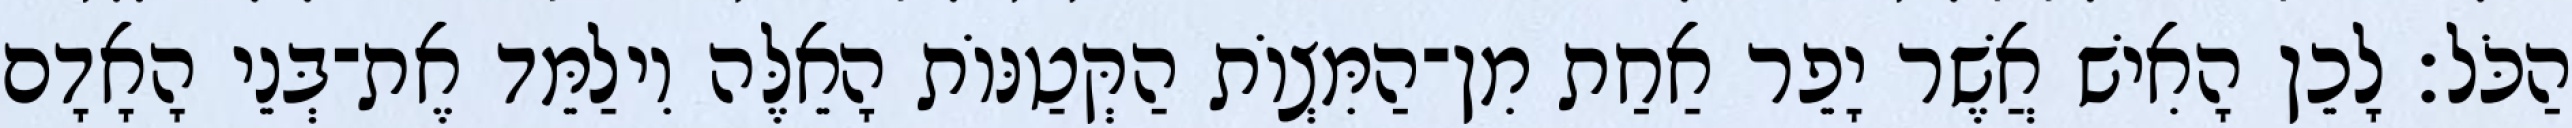
הַכֹּל׃ לָכֵן הָאִישׁ אֲשֶׁר יָפֵר אַחַת מִן־הַמִּצְוֹת הַקְּטַנּוֹת הָאֵלֶּה וִילַמֵּד אֶת־בְּנֵי הָאָדָם